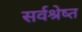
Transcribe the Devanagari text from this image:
सर्वश्रेष्त